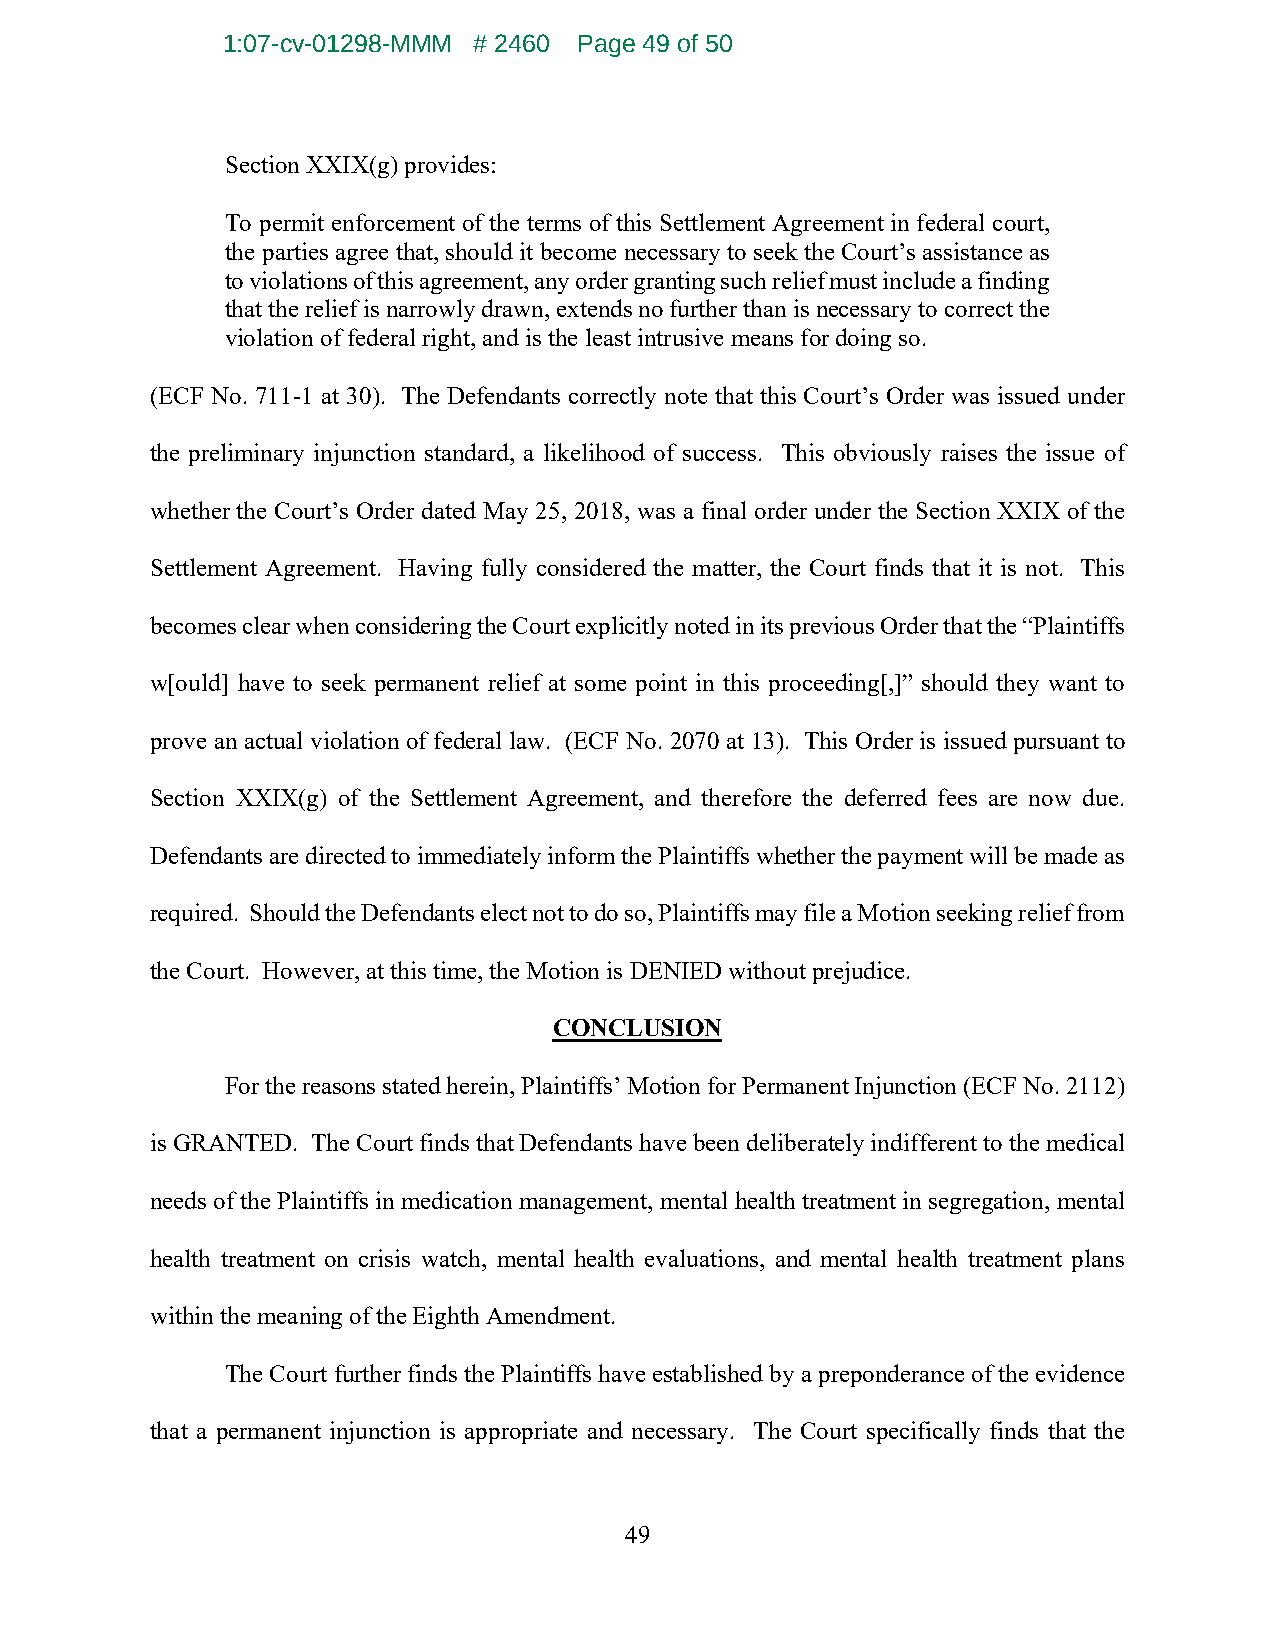
1:07-cv-01298-MMM # 2460 Page 49 of 50
 Section XXIX(g) provides:
 To permit enforcement of the terms of this Settlement Agreement in federal court,
 the parties agree that, should it become necessary to seek the Court’s assistance as
 to violations of this agreement, any order granting such relief must include a finding
 that the relief is narrowly drawn, extends no further than is necessary to correct the
 violation of federal right, and is the least intrusive means for doing so.
 (ECF No. 711-1 at 30). The Defendants correctly note that this Court’s Order was issued under
 the preliminary injunction standard, a likelihood of success. This obviously raises the issue of
 whether the Court’s Order dated May 25, 2018, was a final order under the Section XXIX of the
 Settlement Agreement. Having fully considered the matter, the Court finds that it is not. This
 becomes clear when considering the Court explicitly noted in its previous Order that the “Plaintiffs
 w[ould] have to seek permanent relief at some point in this proceeding[,]” should they want to
 prove an actual violation of federal law. (ECF No. 2070 at 13). This Order is issued pursuant to
 Section XXIX(g) of the Settlement Agreement, and therefore the deferred fees are now due.
 Defendants are directed to immediately inform the Plaintiffs whether the payment will be made as
 required. Should the Defendants elect not to do so, Plaintiffs may file a Motion seeking relief from
 the Court. However, at this time, the Motion is DENIED without prejudice.
 CONCLUSION
 For the reasons stated herein, Plaintiffs’ Motion for Permanent Injunction (ECF No. 2112)
 is GRANTED. The Court finds that Defendants have been deliberately indifferent to the medical
 needs of the Plaintiffs in medication management, mental health treatment in segregation, mental
 health treatment on crisis watch, mental health evaluations, and mental health treatment plans
 within the meaning of the Eighth Amendment.
 The Court further finds the Plaintiffs have established by a preponderance of the evidence
 that a permanent injunction is appropriate and necessary. The Court specifically finds that the
 49